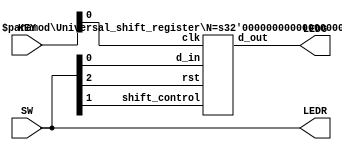
module Lab2_ex9(SW,LEDR,LEDG,KEY);
	input [17:0] SW;
	output [17:0] LEDR;
	output [7:0] LEDG;
	input [3:0] KEY;
	assign LEDR=SW;
	Universal_shift_register DUT(.shift_control(SW[1]),.clk(KEY[0]), .rst(SW[2]),.d_in(SW[0]),.d_out(LEDG[7:0]));
	defparam DUT.N=8;
endmodule

module Universal_shift_register(clk,rst,shift_control,d_in,d_out);
        parameter N=7;
        input clk; // clock input
        input rst; // reset input
		input shift_control;
        input d_in; // data input
        output reg [N-1:0] d_out; // data output

        always @(posedge clk or posedge rst) begin
        if (rst) begin
                 d_out <= {N['b0]};
            end
        else
		    begin
			 if(shift_control) begin
                     d_out<={d_out[N-1:0],d_in};  // shift left 
			 end
			 else   begin
			        d_out<={d_in,d_out[N-1:1]};  // shift right
			 end
			end
end
//this is a right shift condition , it is showing that in d_out the user given d_in will be msb and rest 3 bit of existing d_out will be at end means it is shifting right side 
//For left shift condition we can use as: d_out<={d_out[3:1], din};
endmodule